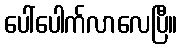
ပေါ်ပေါက်လာလေပြီ။